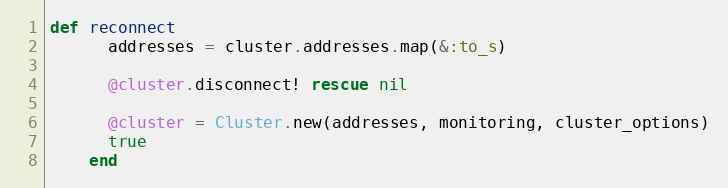
Language: Ruby
def reconnect
      addresses = cluster.addresses.map(&:to_s)

      @cluster.disconnect! rescue nil

      @cluster = Cluster.new(addresses, monitoring, cluster_options)
      true
    end